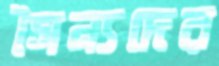
সৈন্যদের